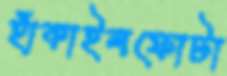
হাঁকাইলফোটা